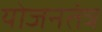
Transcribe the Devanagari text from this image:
योजनतंत्र